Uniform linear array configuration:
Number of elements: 16
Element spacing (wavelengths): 0.25
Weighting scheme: blackman
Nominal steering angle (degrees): -45
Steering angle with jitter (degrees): -44.08
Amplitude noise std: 0.05
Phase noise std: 0.05

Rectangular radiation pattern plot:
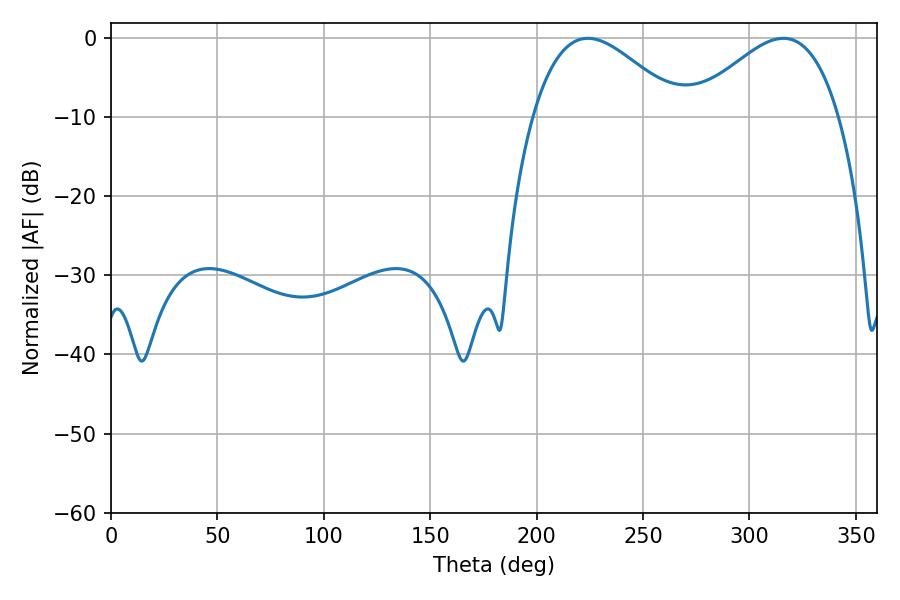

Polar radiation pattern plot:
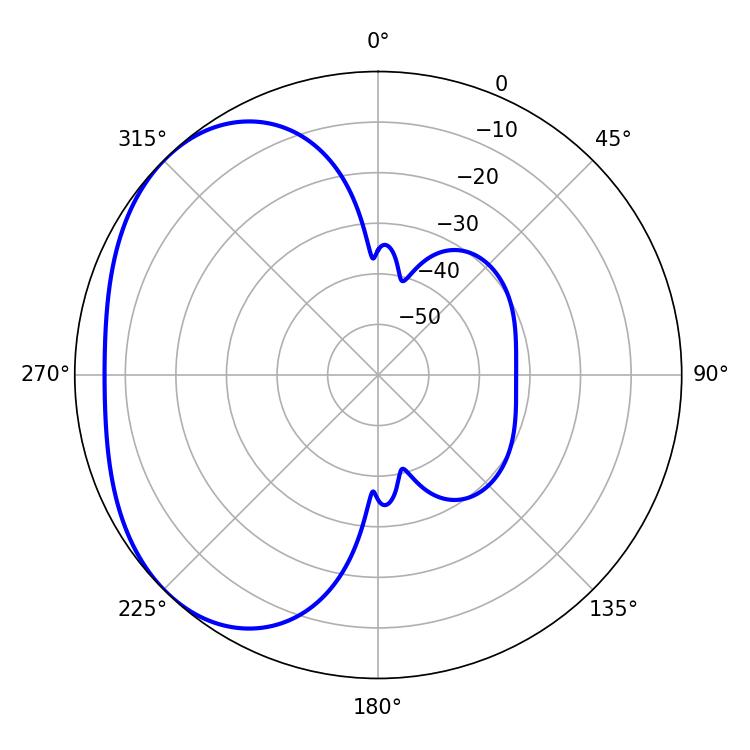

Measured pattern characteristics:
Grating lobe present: FALSE
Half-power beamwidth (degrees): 37.44
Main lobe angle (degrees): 224.1